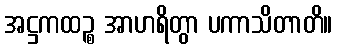
အဋ္ဌကထဉ္စ အာဟရိတွာ ပကာသိတာတိ။